Medical and sanitary report on the native army of Bombay for the year
Year: 1877
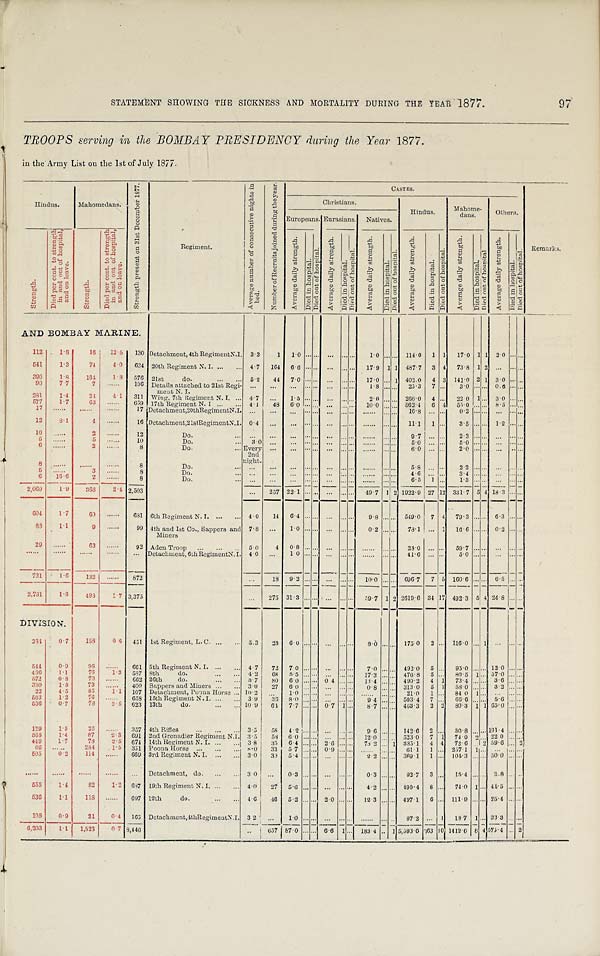
STATEMENT SHOWING THE SICKNESS AND MORTALITY DURING THE YEAR 1877. 97
TROOPS serving in, the BOMBAY PRESIDENCY daring the Year 1877.
i n the Army Li st on the 1st of Jul y 1877.
S t r e n g t h p r e s e n t o n 3 1 s t D e c e m b e r 1 8 7 7 .
Regi ment .
A v e r a g e n u m b e r o f c o n s e c u t i v e n i g h t s i n b e d . N u m b e r o f R e c r u i t s j o i n e d d u r i n g t h e y e a r .
CASTES
R e m a r k s .
Hi ndus.
M a h o m e d a n s .
Chri st i ans.
Hi ndus. Mahome- dans. Ot hers.
S t r e n g t h .
D i e d p e r c e n t . t o s t r e n g t h i n a n d o u t o f h o s p i t a l , a n d o n l e a v e .
S t r e n g t h .
D i e d p e r c e n t . t o s t r e n g t h i n a n d o u t o f h o s p i t a l , a n d o n l e a v e .
Europeans. Eurasi ans. Nat i ves.
A v e r a g e d a i l y s t r e n g t h .
D i e d i n h o s p i t a l .
D i e d o u t o f h o s p i t a l .
A v e r a g e d a i l y s t r e n g t h .
D i e d i n h o s p i t a l .
D i e d o u t o f h o s p i t a l . A v e r a g e d a i l y s t r e n g t h .
D i e d i n h o s p i t a l . D i e d o u t o f h o s p i t a l .
A v e r a g e d a i l y s t r e n g t h .
D i e d i n h o s p i t a l . D i e d o u t o f h o s p i t a l .
A v e r a g e d a i l y s t r e n g t h .
D i e d i n h o s p i t a l . D i e d o u t o f h o s p i t a l .
A v e r a g e d a i l y s t r e n g t h .
D i e d i n h o s p i t a l . D i e d o u t o f h o s p i t a l .
AND BOMBAY MARINE.
112 1. 8 16 12. 5 130 Det achment , 4t h Regi ment N. I . 3.3 1 1 . 0 . . . . . . ... . . . . . . 1. 0 . . . . . . 114. 0 1 1 17. 0 1 1 2.0 . . .
541 1. 3 74 4. 0 634 20t h Regi ment N. I .
4. 7 164 6. 6 . . . . . . . . . . . . . . . 17. 9 1 1 487. 7 3 4 73. 8 1 2 . . . ... . . .
390 1. 8 164 1 8 576 21st do.
5.2 4 4
7.0 . . . . . . ... . . . . . . 17. 0 . . . 1 402. 0 4 3 141. 0 2 1 3.0 . . . . . .
90 7. 7 7 . . . . . . 106 Det ai l s at t ached t o 21st Regi -
m e n t N . i .
. . . . . . . . . . . . . . . . . . . . . . . . 1 . 8 . . . . . .
25.3 7 . . .
3.0 . . . . . . 0.6... . . .
281 1. 4 24 4 1 311 Wi ng, 7th Regi ment N. I. 4.7 . . . 15 . . . . . . . . . . . . . . . 2. 0 . . . . . . 266. 0 4 . . . 22 0 1 . . . 3.0 . . . . . .
577 1. 7 6 3
...... 659 17t h Regi ment N. I
4. 1 48 6.0 . . . . . . . . . . . . . . . 10 0 . . . . . . 562. 4 6 4. 55. 0 . . . . . . . 8 . 5 . . . . . .
17 ...... . . . . . .
...... 1 7 Det achment , 20t h Regi ment N. I . . . . . . . . . . . . . . . . . . . . . . . . . . . . . . . . . . . . .
16.8 . . . . . .
0.2 . . . . . . ...... . . .
12 8.1 4 ...... 16 Det achment , 21st Regi ment N. I . 0. 4 . . . . . . . . . . . . . . . . . . . . . . . . . . . . . . 11. 1 1 . . . 3.5 . . . . . . 1.2... . . .
10 . . . . . . . 2 ...... 12
Do.
... . . .
.... . . . . . . . .... . . . . . . . . . . . . . . . . . . . . 9.7 . . . . . . 2. 3 . . . . . . . . ....... . . . .
5 . . . . . . 5 . . . . . . 1 0
Do.
3.0 . . .
... . . . . . . . .... . . . . . . . . . . . . . . . . . . 5 . 0 . . . . . . . 5.0 . . . . . . . . . . ... . . .
6 . . . . . . 2 ...... 8
Do.
Every 2nd
ni ght .
. . . . . . . . . . . . . . . . . . . . . . . . . . . . . . . 6. 0 . . . . . . . 2. 0 . . . . . . . .... . . . . . . .
8 . . . . . . . . . . . .
...... 8
Do.
. . . . . . . . . . . . . . . . . . . . . . . . . . . . . . . . . . . . . . . . . 5. 8 . . . . . . 2 2 . . . . . . ...... . . . .
5
. . . . . . . 3 ...... 8
Do.
. . . . . . .... ..... . . . . . . . . . . . . . . . . . . . . . . . . . . . . 4. 6 . . . . . . 3.4 . . . . . . ...... . . .
6 16. 6 2 ...... 8
Do
. . . . . . . . . . . . . . . . . . . . . . . . . . . . . . . . . . . . 6 . 5 1 . . . 1.3 . . . . . . ...... . . .
2, 060 1. 9 3 6 6 2. 4 2, 503
. . . 257 22. 1 . . . . . . . . . . . . . . . . 49. 7 1 2 1922. 9 27 12 331. 7 5 4 18. 3 ... . . .
6 0 4 1. 7 6 0
...... 681 6t h Regi ment N. I .
4. 0 14 6. 4 . . . . . . . .... . . . . . . . 9.8 . . . . . . 549. 0 7 4 79. 3 . . . . . . 6. 3 ... . . .
88 1. 1 9 ...... 9 9 4t h and 1st Co. , Sappers and
Mi ners
7. 8 . . .
1.0 . . . . . . . .... . . . . . . 0. 2 . . . . . . . 78. 1 . . . 1 16. 6 . . . . . .
0.2. . . . . . .
29 . . . . . . 6 3 ...... 92 Aden Troop
5. 0 4 0.8 . . . . . . . .... . . . . . . . . . . . . . . . . . . . . . . 28. 0 . . . . . . .
59.7 . . . . . . . . .
...... . . . .
. . . . . . . . . . . . . . . . . . .
....... . . . Det achment , 6t h Regi ment N. I . 4.0 . . . 1 0 . . . . . .
.... . . . . . . . . . . . . . .
. . .
. . . . 41. 6 . . . . . . . 5. 0 . . . . . .
... ... . . . .
721 1. 6 1 3 2
...... 872
... 1 8 9.2 . . . . . . . . . . . . . . . . 10. 0 . . . . . . 696 7 7 5 160 6 . . . . . . 6.5 ... . . . .
2, 781 1. 8 493 1 . 7 3, 375
... 275 31. 3 . . . . . . . . . . . . . . . 5 9 . 7 1 2 2619. 6 34 17 492. 3 5 4 24. 8 ... . . .
DIVISION.
284 0. 7 158 0 6 451
1 s t R e g i m e n t , L . C . 5. 3 23 6 . 0 . . . . . . . . . . . . . . . . 8.0 . . . . . . . 175 0 2
. . . 116. 0 . . . . . . 1 .... . . . . . . .
544 0. 9 9 8 . . . . . . . 661 5t h Regi ment N. I .
4. 7 72 7.0 . . . . . . . ... . . . . . . . 7. 0 . . . . . . . 492. 0 5 . . . . 95. 0 . . . . . . . . 12. 0 . . . . . . . .
436 1. 1 76 1 . 3 587
8 t h d o . 4. 2 68 5. 5 . . . . . . . . . . . . . . . . 17. 3 . . . . . . 476. 8 5 . . . 80.5 1 . . . 3.76 . . . . . . . . .
5 7 2 0. 8 7 3
...... 6 6 2 26th do. 3. 7 80 6.0 . . . . . . 04 . . . . . . . 13. 4 . . . . . . . 490. 2 4 1 73. 4 . . . . . . . 3.6 ... . . .
330 1. 8 73 ...... 4 0 0 Sappers and Mi ners
3.0 27 6.0 . . . . . . .
.... . . . . . . . . 0. 8 . . . . . . . 313. 0 5 1 58.0 . . . . . . . 3. 2 ... . . . .
22 4. 5 85 1. 1 107 Det achment , Poona Horse 10. 2 . . .
1.0 . . . . . .
.... . . . . . . . . . . . . . . . . . . 21. 0 1 . . . 84 0 1 . . . . . . ... . . .
5 6 3 1. 2 7 6
...... 658 15th Regiment N. I. 3.9 3 6 8. 0 . . . . . . . ... . . . . 9. 4 . . . . . . 503. 4 7 . . . 66.6 . . . . . . 5.6 . . . . . . .
5 3 6 0. 7 78 2. 5 623 13th do.
10 9 64 7. 7 . . . . . . . 0 7 1 . . . 8 . 7 . . . . . . . 463. 3 2 2 80. 3 1 1 65. 0 ... . . .
129 1. 5 22 . . . . . . 3 5 7 4t h Ri f l es
3.5 5 8
4.2 . . . . . .
... . . . . . . 9.6 . . . . . . 142. 6 2 . . . 30. 8 . . . . . .
191. 4 . . . . . .
5 6 8 1. 4 87 2.3 691 2nd Grenadi er Regi ment N. I . 3. 5 58 6 . 0 . . . . . . . . . . . . . . . . . 12. 0 . . . . . . 523. 0 7 1 74. 0 2 . . . 22. 0 ... . . .
449 1.7 78 2. 5 674 14t h Regi ment N. I .
3 8 3 5 6.4 . . . . . . . 2.6 . . . . . . . 73. 2 . . . 1 385. 1 4 4 72 6 . . . 2 59. 6 ... 2
6 6 . . . . . . 284 1. 5 351 Poona Horse
8. 0 33 5.7 . . . . . . . 0.9 . . . . . . . . . . . . . . . . . . . 61. 1 1 . . . 257. 1 1 . . . .
..... . . . . . .
505 0. 2 1 1 4
....... 669 3rd Regi ment N. I .
3. 0 30 5. 4 . . . . . . . . . . . . . . . 2. 2 . . . . . . 3 6 9 . 1 1 . . . 104. 3 . . . . . . 50.0 . . . . . . . .
. . . . . . . ........ . . . . . . .
....... . . .
D e t a c h m e n t . d o . 3 0 . . . . 0.3 . . . . . . . . .... . . . . . . . . 0. 3 . . . . . . . 92. 7 3 _ . . . . 15. 4 . . . . . . . 2. 8 . . . . . . . . .
555 1. 4 8 2 1. 2 687 19t h Regi ment N. I .
4.0 27 5.6 . . . . . . . . . ... . . . . . . . . 4.2 . . . . . . . 490. 4 8 . . . 74. 0 1 . . . . 44.5 ... . . . .
5 3 6 1. 1 1 1 8
....... 697 12th do. 4.6 46 5. 2 . . . . . . . 2.0 . . . . . . . 12. 3 . . . . . . . . 497. 1 6 . . . 111. 9 . . . . . . . . . 25. 4 . . . . . . . .
108 0.9 2 1 0. 4 165 Det achment , 4t h Regi ment N. I . 3 2 . . . .
1.0 . . . . . . . . ... . . . . . . . . . . . . . . . . . . . . . . 97 2 . . . . 1 18. 7 1 . . . . 33. 3 ... . . . .
6, 203 1. 1 1, 523 0 7 8 , 4 4 6
. . 6 5 7 8 7 . 0 . . . . . . . 6 6 1 . . . 183 4 . . 1 5, 593. 6 1 6 3 1 0 1412. 6 8 4 575. 4 . . . . 2